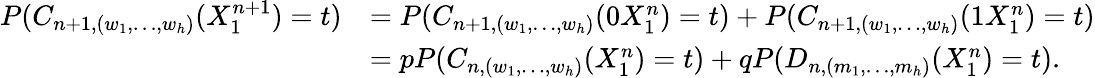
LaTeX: \begin{array}{rl}{P(C_{n+1,(w_{1},\dots,w_{h})}(X_{1}^{n+1})=t)}&{=P(C_{n+1,(w_{1},\dots,w_{h})}(0X_{1}^{n})=t)+P(C_{n+1,(w_{1},\dots,w_{h})}(1X_{1}^{n})=t)}\\ &{=pP(C_{n,(w_{1},\dots,w_{h})}(X_{1}^{n})=t)+qP(D_{n,(m_{1},\dots,m_{h})}(X_{1}^{n})=t).}\end{array}